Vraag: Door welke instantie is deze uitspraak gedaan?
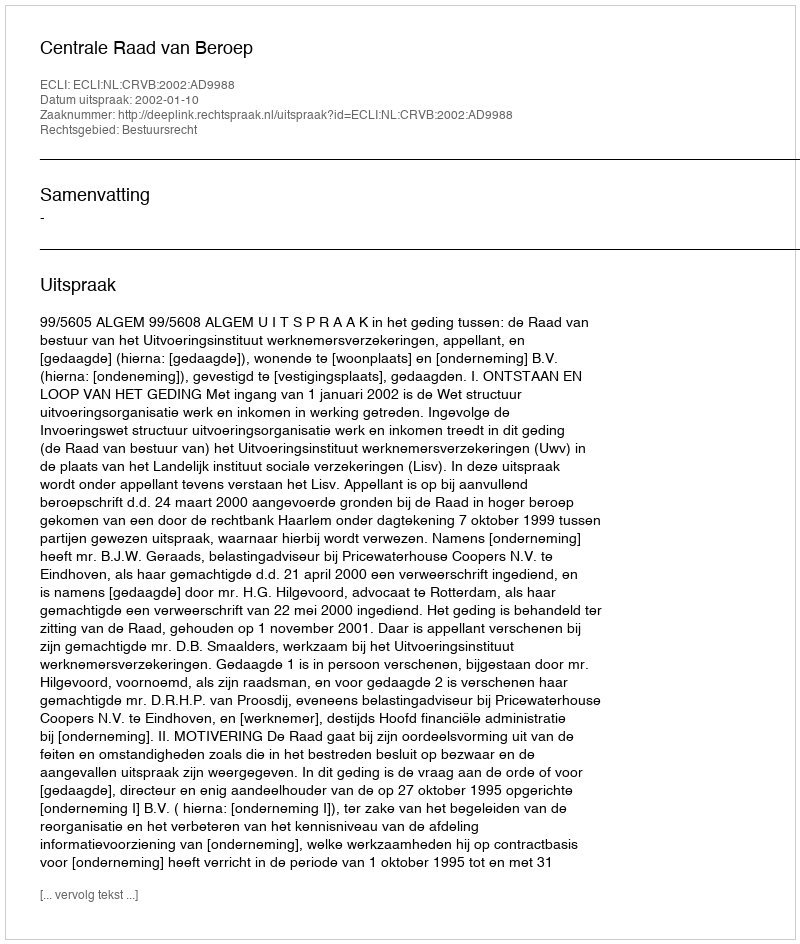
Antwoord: Centrale Raad van Beroep